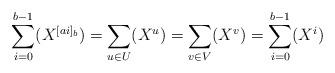
LaTeX: \begin{align*}\sum_{i=0}^{b-1}(X^{[ai]_b}) = \sum_{u\in U}(X^{u}) = \sum_{v \in V}(X^{v}) = \sum_{i = 0}^{b-1}(X^{i})\end{align*}